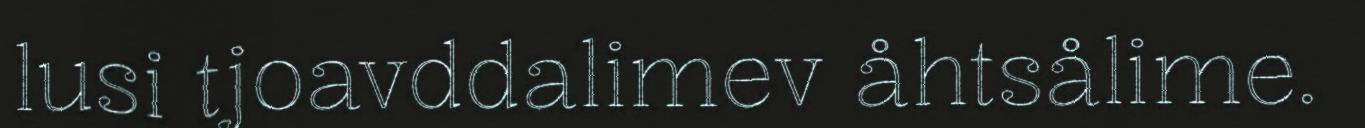
lusi tjoavddalimev åhtsålime.